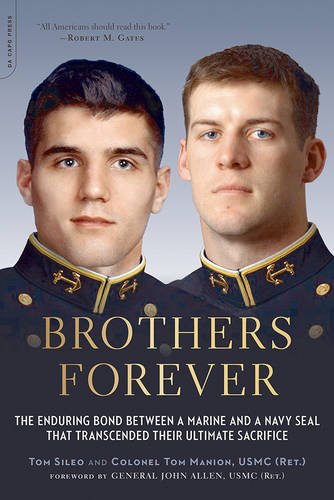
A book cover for Brothers Forever: The Enduring Bond between a Marine and a Navy SEAL that Transcended Their Ultimate Sacrifice; Tom Sileo; History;